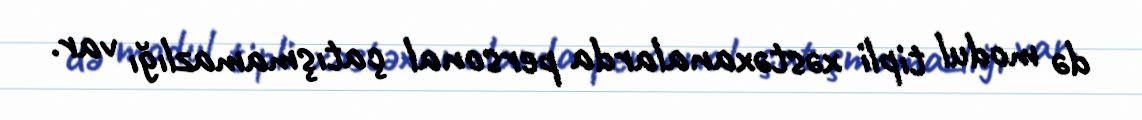
də modul tipli xəstəxanalarda personal çatışmamazlığı var.